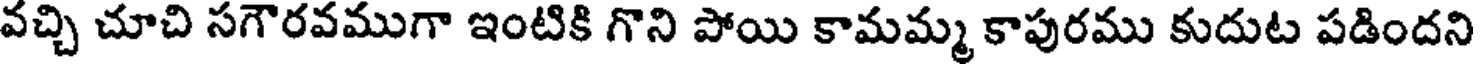
వచ్చి చూచి సగౌరవముగా ఇంటికి గొని పోయి కామమ్మ కాపురము కుదుట పడిందని